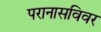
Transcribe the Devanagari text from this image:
परानासविवर